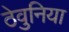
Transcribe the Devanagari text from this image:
ठेवुनिया